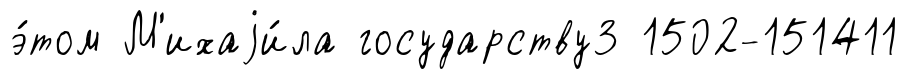
э́том М'ихаjи́ла государству3 1502-151411